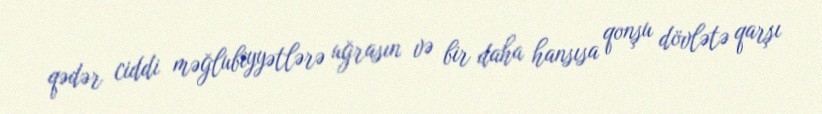
qədər ciddi məğlubiyyətlərə uğrasın və bir daha hansısa qonşu dövlətə qarşı